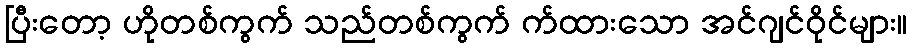
ပြီးတော့ ဟိုတစ်ကွက် သည်တစ်ကွက် က်ထားသော အင်ဂျင်ဝိုင်များ။